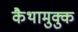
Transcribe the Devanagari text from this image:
कैथामुक्कु